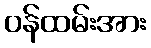
ဝန်ထမ်းအား